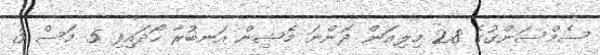
ސެމްސަންގުގެ 2.8 މިލިއަން ދޮންނަ މެޝިން އަނބުރާ ހޯދައިފި 5 މަސް 3